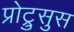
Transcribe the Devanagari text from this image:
प्रोट्रुसुस